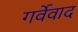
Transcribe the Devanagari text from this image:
गर्वेवाद